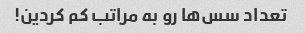
تعداد سس‌ها رو به مراتب کم کردین!